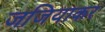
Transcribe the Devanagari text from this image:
जजियाकर